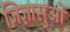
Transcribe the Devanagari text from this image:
जिज्ञासुओं